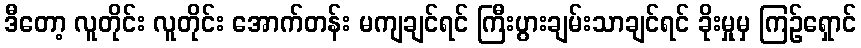
ဒီတော့ လူတိုင်း လူတိုင်း အောက်တန်း မကျချင်ရင် ကြီးပွားချမ်းသာချင်ရင် ခိုးမှုမှ ကြဉ်ရှောင်